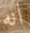
انه